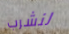
لنشرب